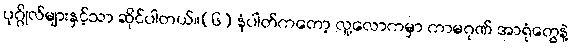
ပုဂ္ဂိုလ်များနှင့်သာ ဆိုင်ပါတယ်။(၆) နံပါတ်ကတော့ လူ့လောကမှာ ကာမဂုဏ် အာရုံတွေနဲ့